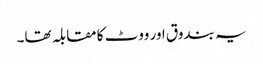
یہ بندوق اور ووٹ کا مقابلہ تھا۔